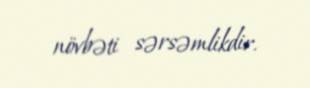
növbəti sərsəmlikdir.